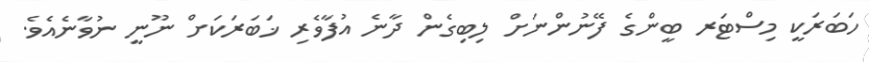
ހަބަރަކީ މިސްޓަރ ބީންގެ ފޭނުންނަށް ލިބިގެން ދާނެ އުފާވެރި ޚަބަރަކަށް ނޫނީ ނުވާނެއެވެ.